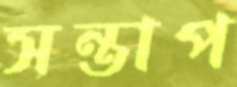
সন্তাপ